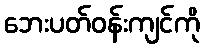
ဘေးပတ်ဝန်းကျင်ကို